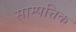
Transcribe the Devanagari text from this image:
साम्पत्तिक